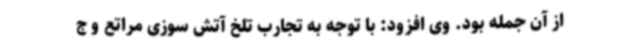
از آن جمله بود. وی افزود: با توجه به تجارب تلخ آتش سوزی مراتع و ج